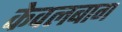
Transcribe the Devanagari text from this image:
केवलबाग